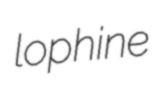
lophine